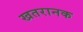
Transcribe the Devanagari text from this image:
खतरानक